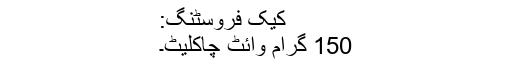
کیک فروسٹنگ:
150 گرام وائٹ چاکلیٹ۔